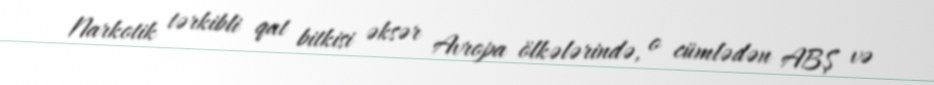
Narkotik tərkibli qat bitkisi əksər Avropa ölkələrində, o cümlədən ABŞ və